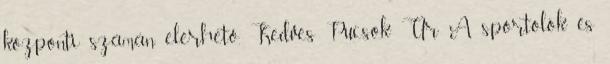
központi számán elérhető. Kedves Pucsok Úr A sportolók és